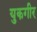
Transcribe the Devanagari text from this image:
युकगीर